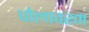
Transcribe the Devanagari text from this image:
पोलावरम